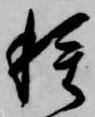
種